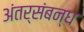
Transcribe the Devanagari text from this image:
अंतर्संबन्ध